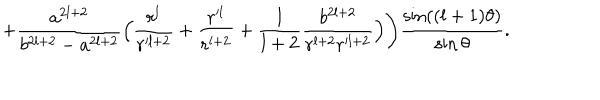
+ \frac { a ^ { 2 l + 2 } } { b ^ { 2 l + 2 } - a ^ { 2 l + 2 } } \Big ( \frac { r ^ { l } } { r ^ { l + 2 } } + \frac { r ^ { l } } { r ^ { l + 2 } } + \frac { l } { l + 2 } \frac { b ^ { 2 l + 2 } } { r ^ { l + 2 } r ^ { l + 2 } } \Big ) \Bigg ) \frac { \sin ( ( l + 1 ) \theta ) } { \sin \theta } .